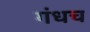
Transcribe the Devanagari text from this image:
गंधच